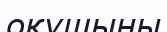
оқушыны